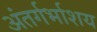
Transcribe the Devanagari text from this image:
अंतर्गर्भाशय